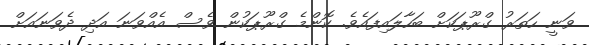
ވަނީ ހަތަރު ގްރޫޕަކަށް ބަހާލައިފައެވެ. ކޮންމެ ގްރޫޕަކުން ވެސް އެއްވަނަ އަދި ދެވަނައަށް